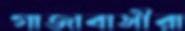
গাজাবাসীরা